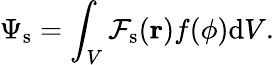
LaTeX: \Psi_{\textrm{s}}=\int_{V}{{\cal F}_{\textrm{s}}(\textbf{r})f(\phi)\textrm{d}V}.